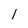
Character: 1